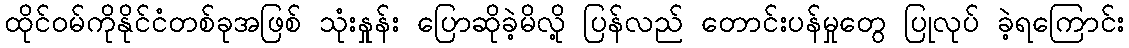
ထိုင်ဝမ်ကိုနိုင်ငံတစ်ခုအဖြစ် သုံးနှုန်း ပြောဆိုခဲ့မိလို့ ပြန်လည် တောင်းပန်မှုတွေ ပြုလုပ် ခဲ့ရကြောင်း